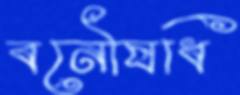
বনৌষধি